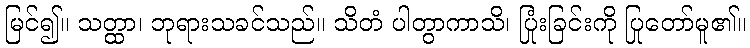
မြင်၍။ သတ္ထာ၊ ဘုရားသခင်သည်။ သိတံ ပါတွာကာသိ၊ ပြုံးခြင်းကို ပြုတော်မူ၏။